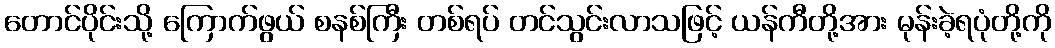
တောင်ပိုင်းသို့ ကြောက်ဖွယ် စနစ်ကြီး တစ်ရပ် တင်သွင်းလာသဖြင့် ယန်ကီတို့အား မုန်းခဲ့ရပုံတို့ကို